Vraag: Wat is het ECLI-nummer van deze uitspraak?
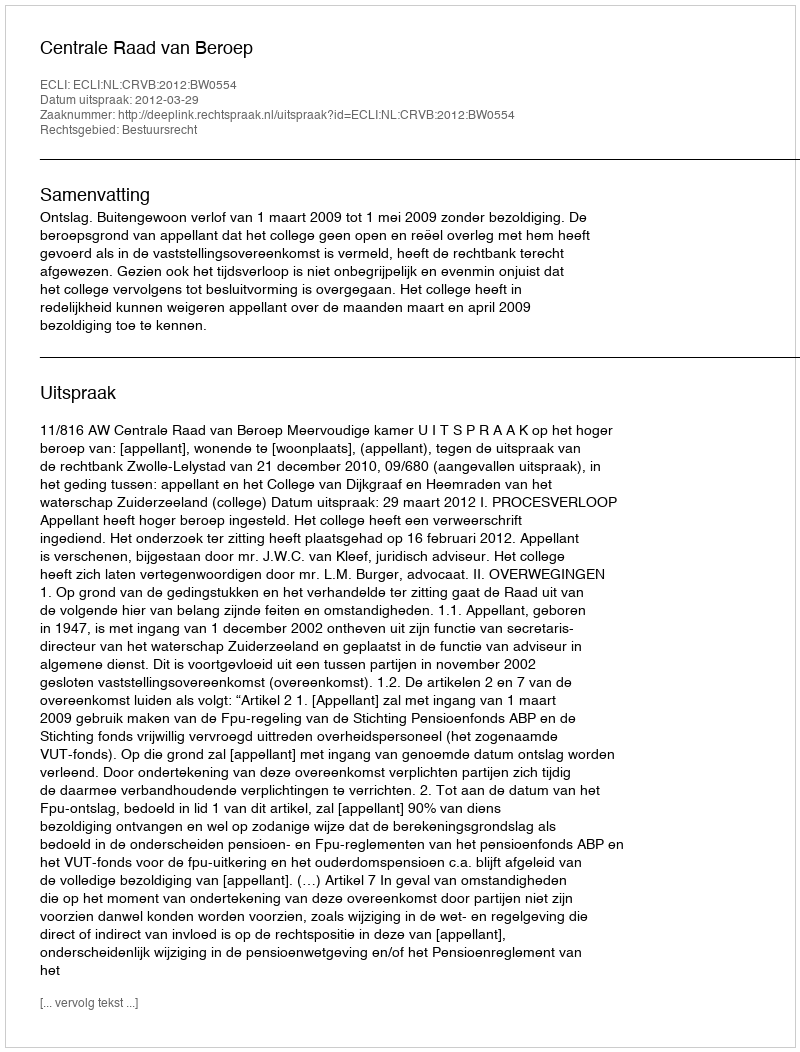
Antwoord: ECLI:NL:CRVB:2012:BW0554